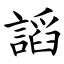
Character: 謟